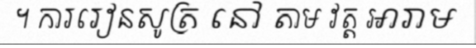
។ ការរៀនសូត្រ នៅ តាម វត្ត អារាម